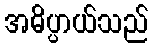
အဓိပ္ပာယ်သည်